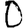
Digit: 0